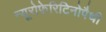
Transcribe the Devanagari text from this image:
न्यूरोफ़ेरिटिनोपैथी